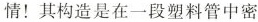
情！其构造是在一段塑料管中密